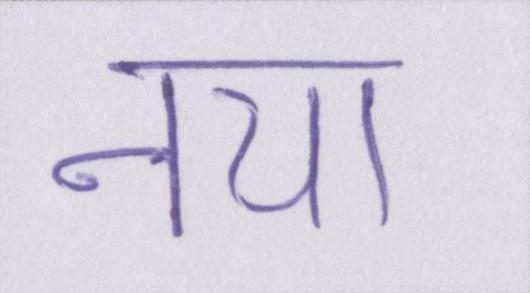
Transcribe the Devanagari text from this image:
नया